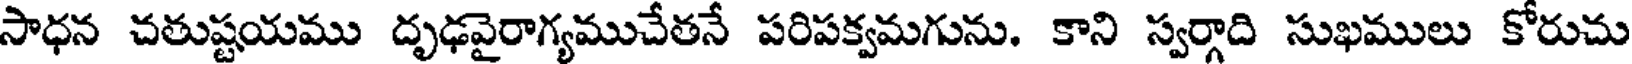
సాధన చతుష్టయము దృఢవైరాగ్యముచేతనే పరిపక్వమగును. కాని స్వర్గాది సుఖములు కోరుచు